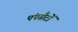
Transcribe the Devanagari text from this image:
पंपसैटों